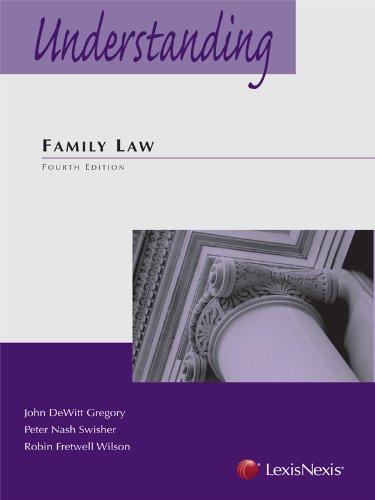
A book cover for Understanding Family Law; John De Witt Gregory; Law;